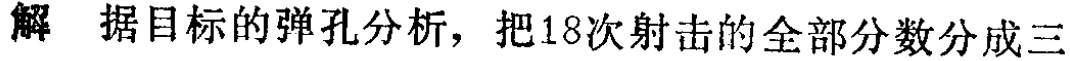
解 据目标的弹孔分析，把18次射击的全部分数分成三